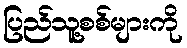
ပြည်သူ့စစ်များကို